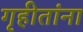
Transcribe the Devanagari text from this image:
गृहीतांना